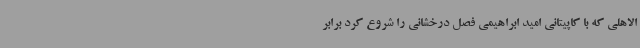
الاهلی که با کاپیتانی امید ابراهیمی فصل درخشانی را شروع کرد برابر